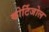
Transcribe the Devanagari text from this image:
कोर्टिजोल